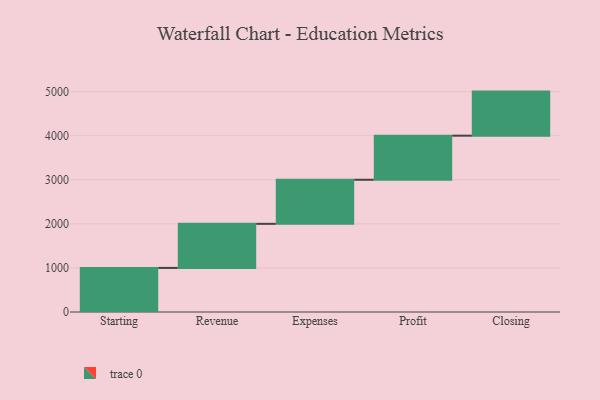
{"axis": {"x": "Step", "y": "Value"}, "legend": [""], "data": [{"x": "Starting", "y": 1000, "type": ""}, {"x": "Revenue", "y": 1000, "type": ""}, {"x": "Expenses", "y": 1000, "type": ""}, {"x": "Profit", "y": 1000, "type": ""}, {"x": "Closing", "y": 1000, "type": ""}]}